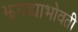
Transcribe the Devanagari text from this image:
झगड्याभोवती